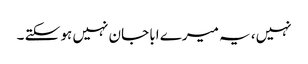
نہیں، یہ میرے ابا جان نہیں ہو سکتے ۔